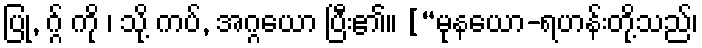
ပြု, ဂ္ဂ် ကို ၊ သို့ ကပ်, အဂ္ဂယော ပြီး၏။ [“မုနယော-ရဟန်းတို့သည်၊